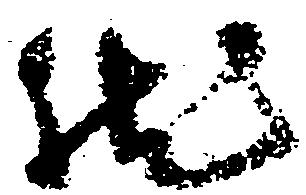
然